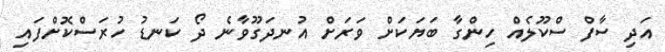
އަދި ސާފް ސްކޫލެއް ހިންގާ ބަޔަކަށް ވަރަށް އުނދަގޫވާނެ ދޯ ކަނޑު ހުރަސްކޮށްފައި